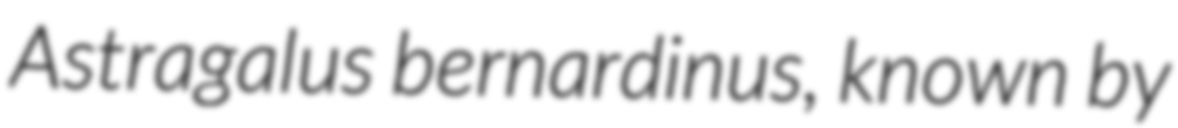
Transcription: Astragalus bernardinus, known by